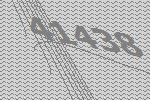
41438